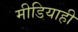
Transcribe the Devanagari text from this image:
मीडियाही